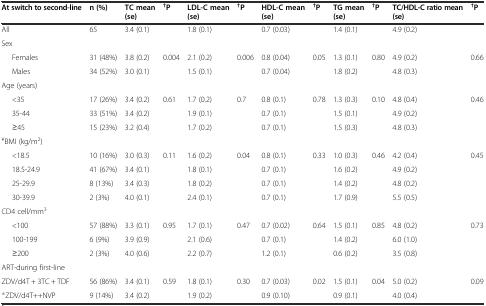
<table><thead><tr><td><b>At switch to second-line</b></td><td><b>n (%)</b></td><td><b>TC mean (se)</b></td><td><b><sup>†</sup>P</b></td><td><b>LDL-C mean (se)</b></td><td><b><sup>†</sup>P</b></td><td><b>HDL-C mean (se)</b></td><td><b><sup>†</sup>P</b></td><td><b>TG mean (se)</b></td><td><b><sup>†</sup>P</b></td><td><b>TC/HDL-C ratio mean (se)</b></td><td><b><sup>†</sup>P</b></td></tr></thead><tbody><tr><td>All</td><td>65</td><td>3.4 (0.1)</td><td></td><td>1.8 (0.1)</td><td></td><td>0.7 (0.03)</td><td></td><td>1.4 (0.1)</td><td></td><td>4.9 (0.2)</td><td></td></tr><tr><td>Sex</td><td></td><td></td><td></td><td></td><td></td><td></td><td></td><td></td><td></td><td></td><td></td></tr><tr><td>Females</td><td>31 (48%)</td><td>3.8 (0.2)</td><td>0.004</td><td>2.1 (0.2)</td><td>0.006</td><td>0.8 (0.04)</td><td>0.05</td><td>1.3 (0.1)</td><td>0.80</td><td>4.9 (0.2)</td><td>0.66</td></tr><tr><td>Males</td><td>34 (52%)</td><td>3.0 (0.1)</td><td></td><td>1.5 (0.1)</td><td></td><td>0.7 (0.04)</td><td></td><td>1.8 (0.2)</td><td></td><td>4.8 (0.3)</td><td></td></tr><tr><td>Age (years)</td><td></td><td></td><td></td><td></td><td></td><td></td><td></td><td></td><td></td><td></td><td></td></tr><tr><td>&lt;35</td><td>17 (26%)</td><td>3.4 (0.2)</td><td>0.61</td><td>1.7 (0.2)</td><td>0.7</td><td>0.8 (0.1)</td><td>0.78</td><td>1.3 (0.3)</td><td>0.10</td><td>4.8 (0.4)</td><td>0.46</td></tr><tr><td>35-44</td><td>33 (51%)</td><td>3.4 (0.2)</td><td></td><td>1.9 (0.1)</td><td></td><td>0.7 (0.1)</td><td></td><td>1.5 (0.1)</td><td></td><td>4.9 (0.2)</td><td></td></tr><tr><td>≥45</td><td>15 (23%)</td><td>3.2 (0.4)</td><td></td><td>1.7 (0.2)</td><td></td><td>0.7 (0.1)</td><td></td><td>1.5 (0.3)</td><td></td><td>4.8 (0.3)</td><td></td></tr><tr><td><sup>¥</sup>BMI (kg/m<sup>2</sup>)</td><td></td><td></td><td></td><td></td><td></td><td></td><td></td><td></td><td></td><td></td><td></td></tr><tr><td>&lt;18.5</td><td>10 (16%)</td><td>3.0 (0.3)</td><td>0.11</td><td>1.6 (0.2)</td><td>0.04</td><td>0.8 (0.1)</td><td>0.33</td><td>1.0 (0.3)</td><td>0.46</td><td>4.2 (0.4)</td><td>0.45</td></tr><tr><td>18.5-24.9</td><td>41 (67%)</td><td>3.4 (0.1)</td><td></td><td>1.8 (0.1)</td><td></td><td>0.7 (0.1)</td><td></td><td>1.6 (0.2)</td><td></td><td>4.9 (0.2)</td><td></td></tr><tr><td>25-29.9</td><td>8 (13%)</td><td>3.4 (0.3)</td><td></td><td>1.8 (0.2)</td><td></td><td>0.7 (0.1)</td><td></td><td>1.4 (0.2)</td><td></td><td>4.8 (0.2)</td><td></td></tr><tr><td>30-39.9</td><td>2 (3%)</td><td>4.0 (0.1)</td><td></td><td>2.4 (0.1)</td><td></td><td>0.7 (0.1)</td><td></td><td>1.7 (0.9)</td><td></td><td>5.5 (0.5)</td><td></td></tr><tr><td>CD4 cell/mm<sup>3</sup></td><td></td><td></td><td></td><td></td><td></td><td></td><td></td><td></td><td></td><td></td><td></td></tr><tr><td>&lt;100</td><td>57 (88%)</td><td>3.3 (0.1)</td><td>0.95</td><td>1.7 (0.1)</td><td>0.47</td><td>0.7 (0.02)</td><td>0.64</td><td>1.5 (0.1)</td><td>0.85</td><td>4.8 (0.2)</td><td>0.73</td></tr><tr><td>100-199</td><td>6 (9%)</td><td>3.9 (0.9)</td><td></td><td>2.1 (0.6)</td><td></td><td>0.7 (0.1)</td><td></td><td>1.4 (0.2)</td><td></td><td>6.0 (1.0)</td><td></td></tr><tr><td>≥200</td><td>2 (3%)</td><td>4.0 (0.6)</td><td></td><td>2.2 (0.7)</td><td></td><td>1.2 (0.1)</td><td></td><td>0.6 (0.2)</td><td></td><td>3.5 (0.8)</td><td></td></tr><tr><td>ART-during first-line</td><td></td><td></td><td></td><td></td><td></td><td></td><td></td><td></td><td></td><td></td><td></td></tr><tr><td>ZDV/d4T + 3TC + TDF</td><td>56 (86%)</td><td>3.4 (0.1)</td><td>0.59</td><td>1.8 (0.1)</td><td>0.30</td><td>0.7 (0.03)</td><td>0.02</td><td>1.5 (0.1)</td><td>0.04</td><td>5.0 (0.2)</td><td>0.09</td></tr><tr><td><sup>±</sup>ZDV/d4T++NVP</td><td>9 (14%)</td><td>3.4 (0.2)</td><td></td><td>1.9 (0.2)</td><td></td><td>0.9 (0.10)</td><td></td><td>0.9 (0.1)</td><td></td><td>4.0 (0.4)</td><td></td></tr></tbody></table>